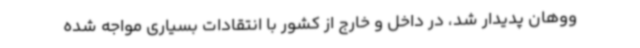
ووهان پدیدار شد، در داخل و خارج از کشور با انتقادات بسیاری مواجه شده